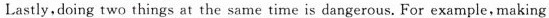
Lastly,doing two things at the same time is dangerous. For example, making